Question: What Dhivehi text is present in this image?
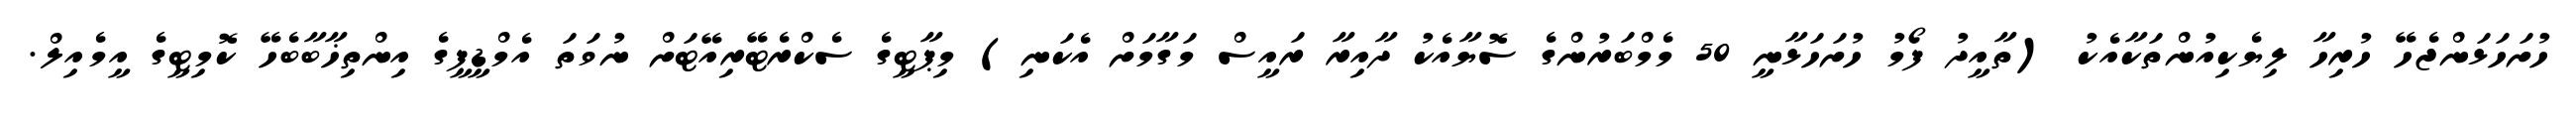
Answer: ހުށަހަޅަންޖެހޭ ހުރިހާ ލިޔެކިއުންތަކާއެކު (ތާއީދު ފޯމު ހުށަހަޅާނީ 50 މެމްބަރުންގެ ސޮޔާއެކު ދާއިރާ ރައީސް މަގާމަށް އެކަނި) މިޕާޓީގެ ސެކްރެޓޭރިއޭޓަށް ނުވަތަ އެމްޑީޕީގެ އިންތިޚާބާބެހޭ ކޮމިޓީގެ އީމެއިލް.